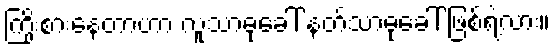
ကြိုးစားနေတာဟာ လူသာဓုခေါ် နတ်သာဓုခေါ် ဖြစ်ရဲ့လား။